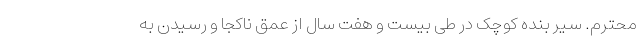
محترم. سیر بنده کوچک در طی بیست و هفت سال از عمق ناکجا و رسیدن به